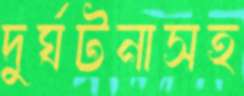
দুর্ঘটনাসহ